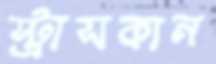
স্ট্রাসকান